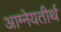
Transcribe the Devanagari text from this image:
आग्नेयतीर्थ